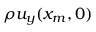
\rho u _ { y } ( x _ { m } , 0 )